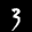
Label: 3